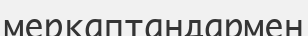
меркаптандармен